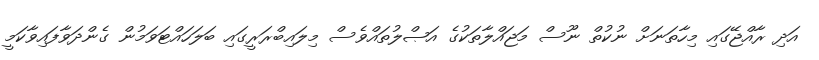
އަދި ރާއްޖޭގައި މިހާތަނަށް ނުކުތް ނޫސް މަޖައްލާތަކުގެ އަޞްލުތައްވެސް މިލައިބްރަރީގައި ބަލަހައްޓަވަމުން ގެންދަވާފައިވާކަމީ